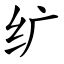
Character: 纩